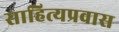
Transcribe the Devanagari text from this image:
साहित्यप्रवास